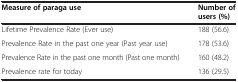
<table><thead><tr><td><b>Measure of paraga use</b></td><td><b>Number of users (%)</b></td></tr></thead><tbody><tr><td>Lifetime Prevalence Rate (Ever use)</td><td>188 (56.6)</td></tr><tr><td>Prevalence Rate in the past one year (Past year use)</td><td>178 (53.6)</td></tr><tr><td>Prevalence Rate in the past one month (Past one month)</td><td>160 (48.2)</td></tr><tr><td>Prevalence rate for today</td><td>136 (29.5)</td></tr></tbody></table>